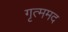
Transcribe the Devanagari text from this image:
गृत्ममद